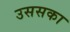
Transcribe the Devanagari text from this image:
उससका